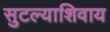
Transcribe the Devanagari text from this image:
सुटल्याशिवाय